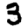
Digit: 3